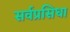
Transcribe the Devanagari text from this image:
सर्वप्रसिधा